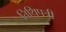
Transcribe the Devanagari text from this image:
तिथिपत्री